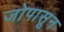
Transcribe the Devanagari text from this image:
जोपासून